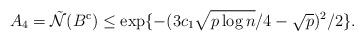
LaTeX: \begin{align*}A_{4} = \tilde{\mathcal{N}}(B^{\mathrm{c}})\leq \exp\{- (3 c_{1} \sqrt{p\log n} / 4- \sqrt{p})^{2}/2\}.\end{align*}